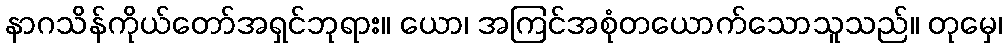
နာဂသိန်ကိုယ်တော်အရှင်ဘုရား။ ယော၊ အကြင်အစုံတယောက်သောသူသည်။ တုမှေ၊